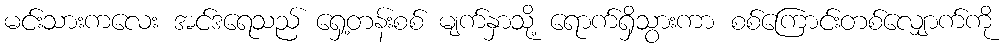
မင်းသားကလေး အင်ဒရေသည် ရှေ့တန်းစစ် မျက်နှာသို့ ရောက်ရှိသွားကာ စစ်ကြောင်းတစ်လျှောက်ကို